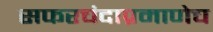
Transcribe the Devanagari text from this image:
सफरचंदाप्रमाणेच